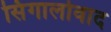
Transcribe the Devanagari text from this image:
सिंगालोवाद